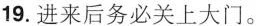
19.进来后务必关上大门。